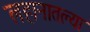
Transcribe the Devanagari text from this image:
लहानातल्या